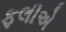
ફલીએ